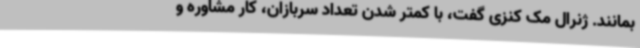
بمانند. ژنرال مک کنزی گفت، با کمتر شدن تعداد سربازان، کار مشاوره و